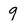
Character: 9